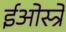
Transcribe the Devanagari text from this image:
ईओस्त्रे